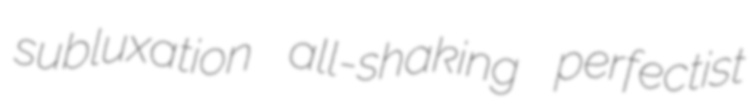
subluxation all-shaking perfectist